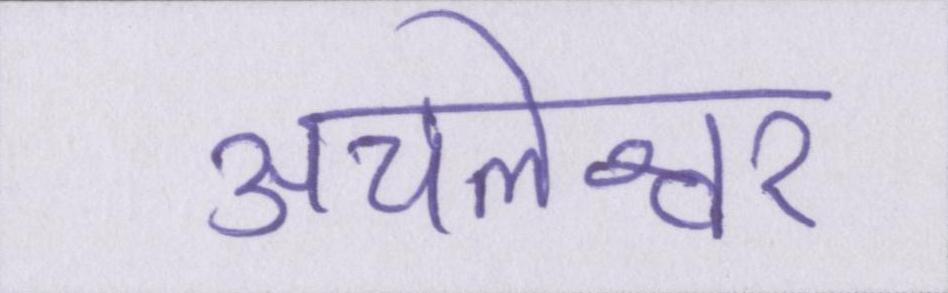
अचलेश्वर